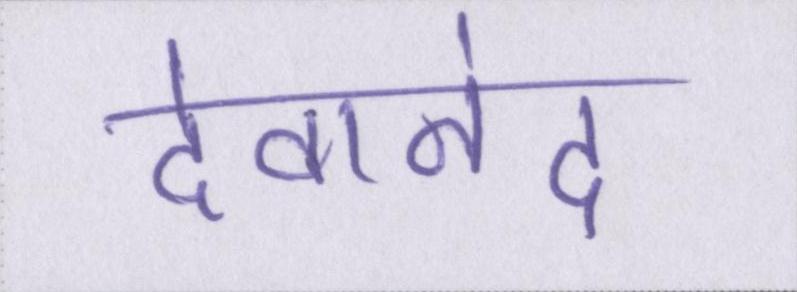
देवानंद